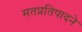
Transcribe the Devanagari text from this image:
मतप्रतिपादने